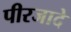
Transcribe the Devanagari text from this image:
पीरजादे